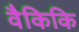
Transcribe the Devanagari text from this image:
वैकिकि